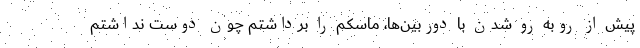
پیش از روبه رو شدن با دوربین‌ها، ماسکم را برداشتم چون دوست نداشتم